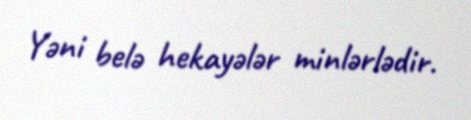
Yəni belə hekayələr minlərlədir.